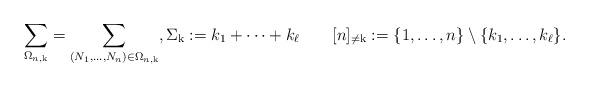
LaTeX: \begin{align*}\sum_{\Omega_{n,\mathrm{k}}} = \sum_{(N_1,\dots,N_n)\in\Omega_{n,\mathrm{k}}}, \Sigma_{\mathrm{k}} := k_1+\cdots+k_\ell\qquad[n]_{\neq\mathrm{k}} := \{1,\dots,n\} \setminus\{k_1,\dots,k_\ell\}.\end{align*}